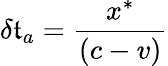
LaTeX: \delta\mathfrak{t}_{a}={\frac{{x^{\ast}}}{{\left(c-v\right)}}}